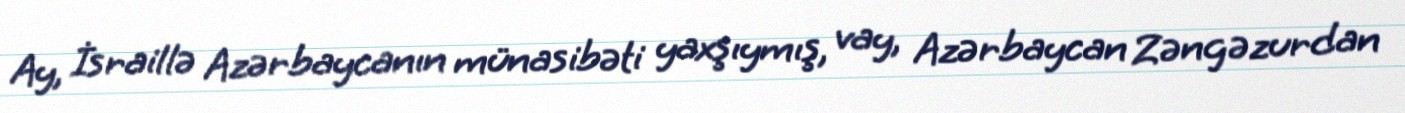
Ay, İsraillə Azərbaycanın münasibəti yaxşıymış, vay, Azərbaycan Zəngəzurdan